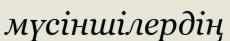
мүсіншілердің